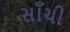
સાઁચી